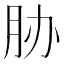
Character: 胁